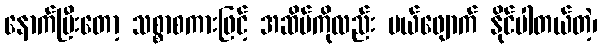
နောက်ပြီးတော့ သစ္စာစကားဖြင့် အဆိပ်ကိုလည်း ပယ်ဖျောက် နိုင်ပါတယ်တဲ့၊